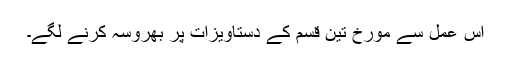
اس عمل سے مورخ تین قسم کے دستاویزات پر بھروسہ کرنے لگے۔